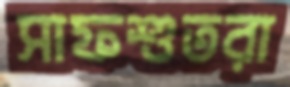
সাফশুতরা